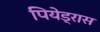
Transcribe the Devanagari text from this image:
पियेड्रास